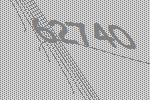
62740